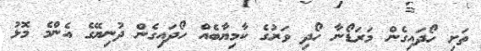
ތަށި ހޯދައިގެން މަރަޑޯނާ ހޯދި ވަރުގެ ކާމިޔާބެއް ހޯދައިގެން ދުނިޔޭގެ އެންމެ މޮޅު